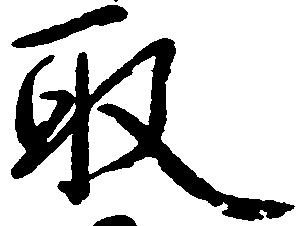
取